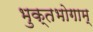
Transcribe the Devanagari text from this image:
भुक्तभोगाम्‌